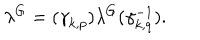
\lambda ^ { G } = ( { \gamma } _ { k , p } ) \lambda ^ { G } ( { \gamma } _ { k , q } ^ { - 1 } ) .